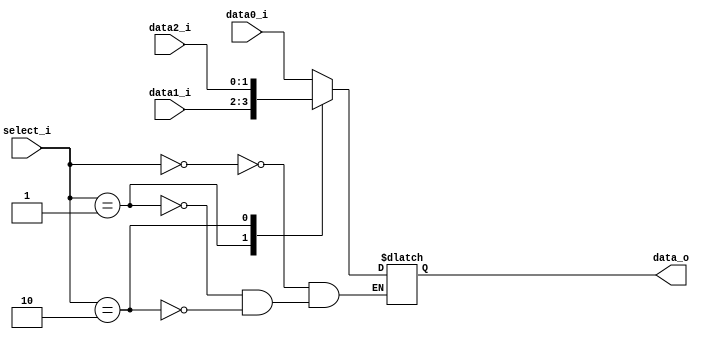

module MUX_3to1(
    data0_i,
    data1_i,
    data2_i,
    select_i,
    data_o
    );

parameter size = 0;

//I/O ports
input   [size-1:0] data0_i;
input   [size-1:0] data1_i;
input   [size-1:0] data2_i;
input   [2-1:0]    select_i;
output  [size-1:0] data_o;

//Internal Signals
reg     [size-1:0] data_in_o;

assign data_o = data_in_o;

always @(*) begin
	case(select_i)
		2'b00 : data_in_o <= data0_i;
		2'b01 : data_in_o <= data1_i;
		2'b10 : data_in_o <= data2_i;
	endcase
end

endmodule